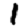
Digit: 1